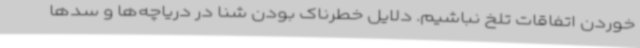
خوردن اتفاقات تلخ نباشیم. دلایل خطرناک بودن شنا در دریاچه‌ها و سدها